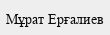
Мұрат Ерғалиев